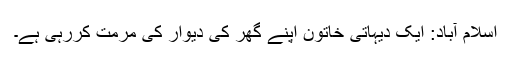
اسلام آباد: ایک دیہاتی خاتون اپنے گھر کی دیوار کی مرمت کررہی ہے۔